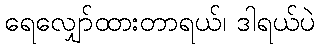
ရေလျှော်ထားတာရယ်၊ ဒါရယ်ပဲ